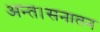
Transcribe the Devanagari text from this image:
अन्त।सनातन